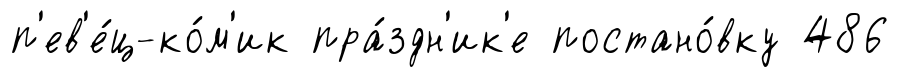
п'ев'е́ц-ко́м'ик пра́здн'ик'е постано́вку 486